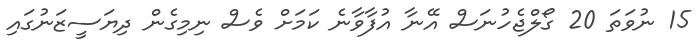
15 ނުވަތަ 20 ގޯލްޖެހުނަސް އޭނާ އުފާވާނެ ކަމަށް ވެސް ނިމިގެން ދިޔަސީޒަނުގައި